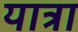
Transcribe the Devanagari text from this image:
यात्रा